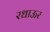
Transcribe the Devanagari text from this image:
रधाऊर